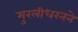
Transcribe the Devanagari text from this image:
मुरलीधरनने